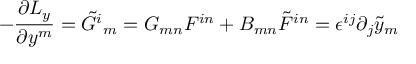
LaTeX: - \frac { \partial { \cal L } _ { y } } { \partial y ^ { m } } = \tilde { \cal G } ^ { i } { } _ { m } = G _ { m n } { \cal F } ^ { i n } + B _ { m n } \tilde { \cal F } ^ { i n } = \epsilon ^ { i j } \partial _ { j } \tilde { y } _ { m }